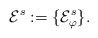
LaTeX: \begin{align*}\mathcal E^s := \{\mathcal E_\varphi^s\}.\end{align*}